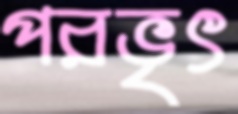
পরভৃৎ